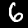
Digit: 6